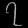
Digit: ၇